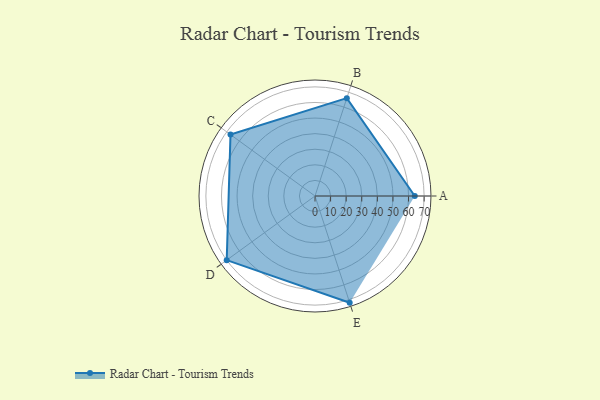
{"axis": {"x": "Skill", "y": "Score"}, "legend": ["Profile"], "data": [{"x": "A", "y": 64.0, "type": "Profile"}, {"x": "B", "y": 66.0, "type": "Profile"}, {"x": "C", "y": 67.0, "type": "Profile"}, {"x": "D", "y": 70.0, "type": "Profile"}, {"x": "E", "y": 72.0, "type": "Profile"}]}